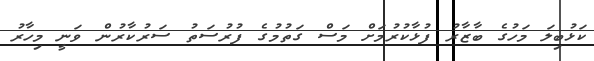
ކަޅުބިލަ މަހުގެ ބާޒާރު ފުޅާކުރުމަށް މަސް ގަތުމުގެ ފުރުސަތު ސަރުކާރުން ވަނީ މިހާރު